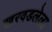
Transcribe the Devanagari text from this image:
खरवडलेला